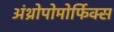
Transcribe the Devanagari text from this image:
अंथ्रोपोमोर्फिक्स